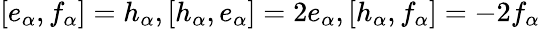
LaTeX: [e_{\alpha},f_{\alpha}]=h_{\alpha},[h_{\alpha},e_{\alpha}]=2e_{\alpha},[h_{\alpha},f_{\alpha}]=-2f_{\alpha}